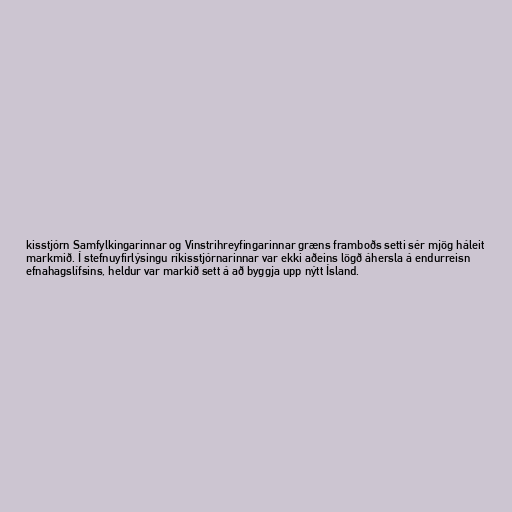
kisstjórn Samfylkingarinnar og Vinstrihreyfingarinnar græns framboðs setti sér mjög háleit
markmið. Í stefnuyfirlýsingu ríkisstjórnarinnar var ekki aðeins lögð áhersla á endurreisn
efnahagslífsins, heldur var markið sett á að byggja upp nýtt Ísland.